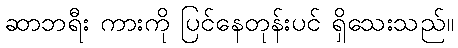
ဆာဘရီး ကားကို ပြင်နေတုန်းပင် ရှိသေးသည်။